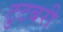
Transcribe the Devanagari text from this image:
टुटबरी